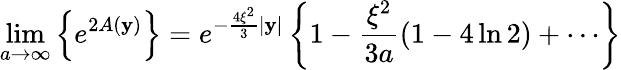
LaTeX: \operatorname*{lim}_{a\rightarrow\infty}\left\{ e^{2A(\mathbf{y})}\right\} =e^{-\frac{{4\xi^{2}}}{{3}}|\mathbf{y}|}\left\{ 1-\frac{{\xi^{2}}}{{3a}}(1-4\ln2)+\cdots\right\}